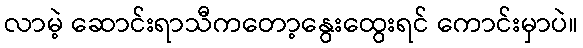
လာမဲ့ ဆောင်းရာသီကတော့နွေးထွေးရင် ကောင်းမှာပဲ။